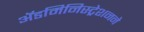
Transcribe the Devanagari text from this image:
ॲडमिनिस्ट्रेशनने